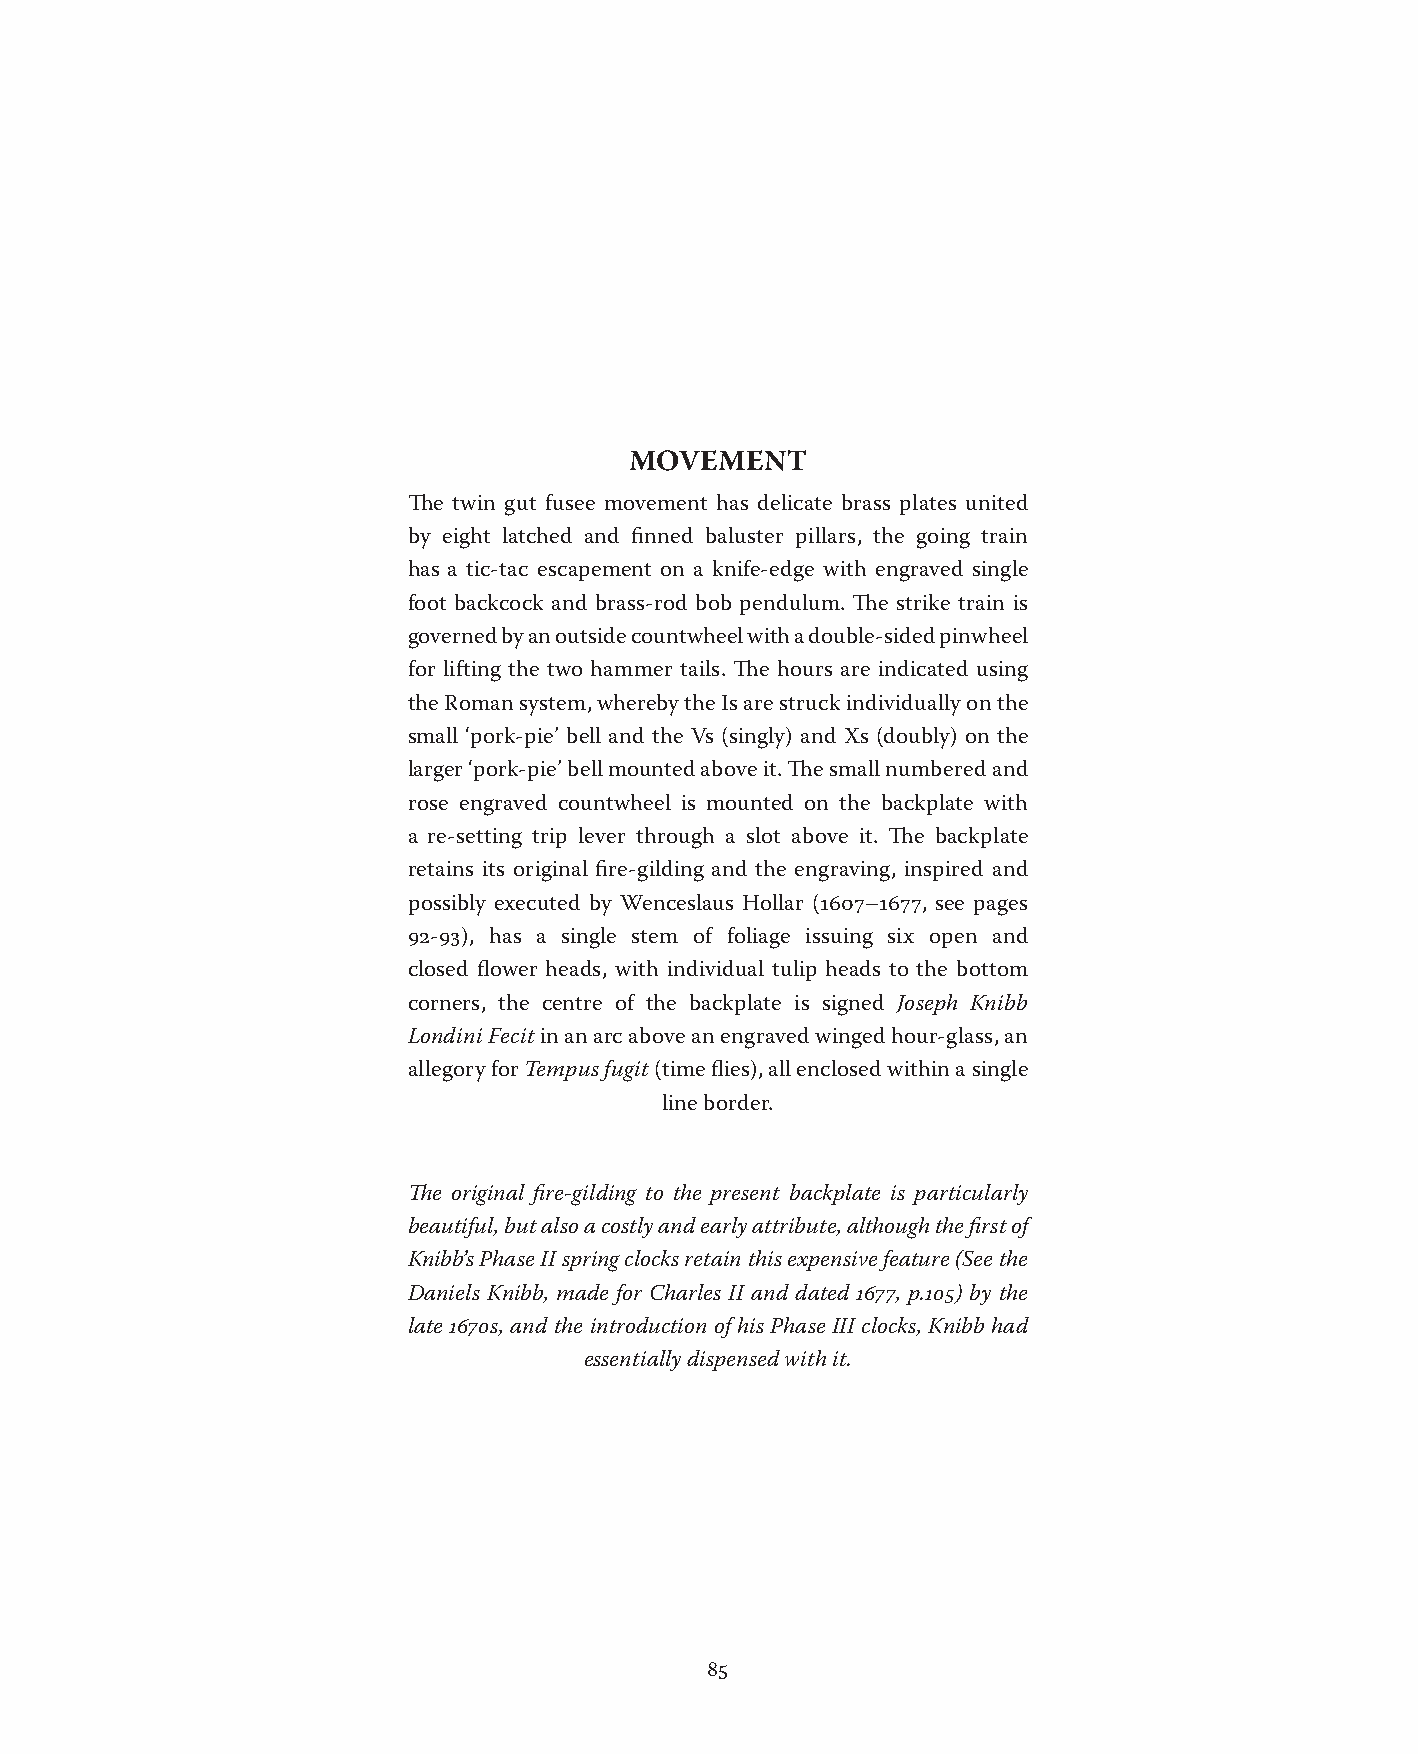
MOVEMENT
 The twin gut fusee movement has delicate brass plates united
 by eight latched and finned baluster pillars, the going train
 has a tic-tac escapement on a knife-edge with engraved single
 foot backcock and brass-rod bob pendulum. The strike train is
 governed by an outside countwheel with a double-sided pinwheel
 for lifting the two hammer tails. The hours are indicated using
 the Roman system, whereby the Is are struck individually on the
 small ‘pork-pie’ bell and the Vs (singly) and Xs (doubly) on the
 larger ‘pork-pie’ bell mounted above it. The small numbered and
 rose engraved countwheel is mounted on the backplate with
 a re-setting trip lever through a slot above it. The backplate
 retains its original fire-gilding and the engraving, inspired and
 possibly executed by Wenceslaus Hollar (1607–1677, see pages
 92-93), has a single stem of foliage issuing six open and
 closed flower heads, with individual tulip heads to the bottom
 corners, the centre of the backplate is signed Joseph Knibb
 Londini Fecit in an arc above an engraved winged hour-glass, an
 allegory for Tempus fugit (time flies), all enclosed within a single
 line border.
 The original fire-gilding to the present backplate is particularly
 beautiful, but also a costly and early attribute, although the first of
 Knibb’s Phase II spring clocks retain this expensive feature (See the
 Daniels Knibb, made for Charles II and dated 1677, p.105) by the
 late 1670s, and the introduction of his Phase III clocks, Knibb had
 essentially dispensed with it.
 85